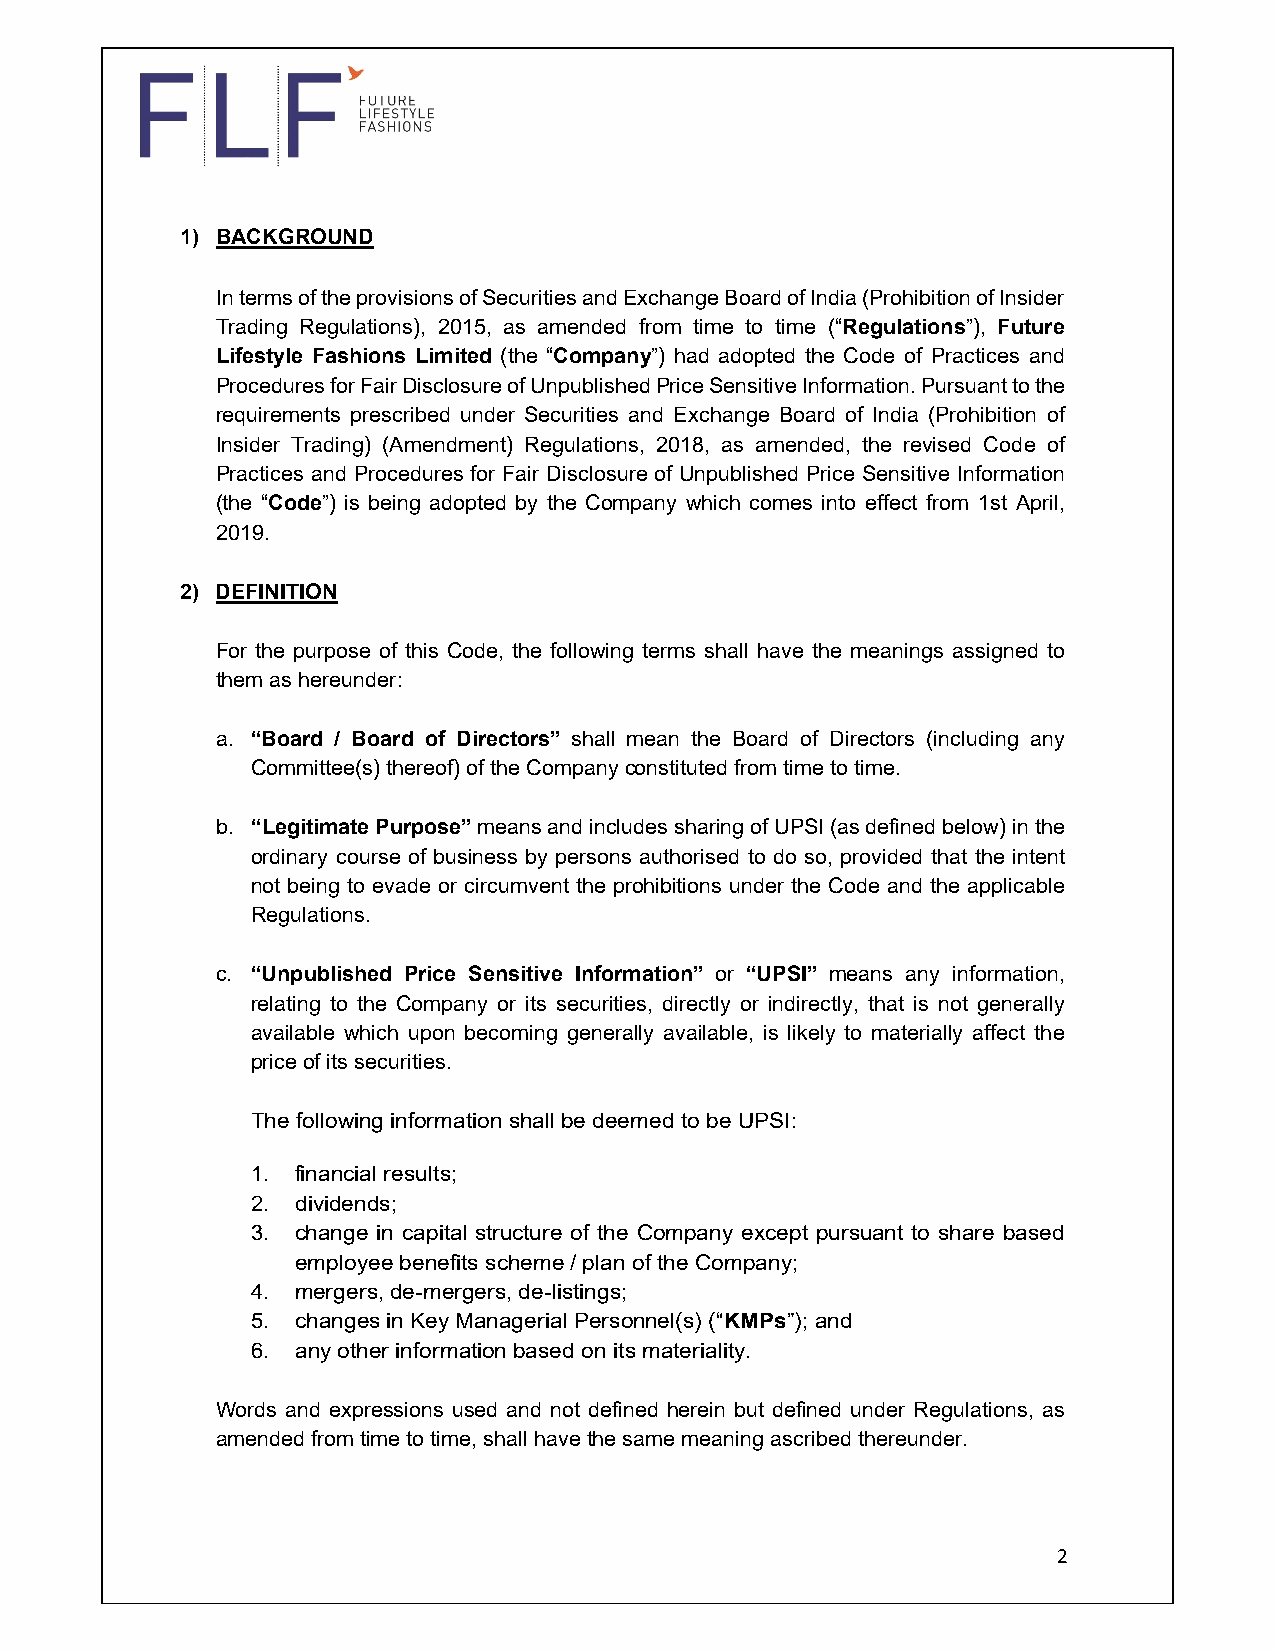
1) BACKGROUND
 In terms of the provisions of Securities and Exchange Board of India (Prohibition of Insider
 Trading Regulations), 2015, as amended from time to time (“Regulations”), Future
 Lifestyle Fashions Limited (the “Company”) had adopted the Code of Practices and
 Procedures for Fair Disclosure of Unpublished Price Sensitive Information. Pursuant to the
 requirements prescribed under Securities and Exchange Board of India (Prohibition of
 Insider Trading) (Amendment) Regulations, 2018, as amended, the revised Code of
 Practices and Procedures for Fair Disclosure of Unpublished Price Sensitive Information
 (the “Code”) is being adopted by the Company which comes into effect from 1st April,
 2019.
 2) DEFINITION
 For the purpose of this Code, the following terms shall have the meanings assigned to
 them as hereunder:
 a. “Board / Board of Directors” shall mean the Board of Directors (including any
 Committee(s) thereof) of the Company constituted from time to time.
 b. “Legitimate Purpose” means and includes sharing of UPSI (as defined below) in the
 ordinary course of business by persons authorised to do so, provided that the intent
 not being to evade or circumvent the prohibitions under the Code and the applicable
 Regulations.
 c. “Unpublished Price Sensitive Information” or “UPSI” means any information,
 relating to the Company or its securities, directly or indirectly, that is not generally
 available which upon becoming generally available, is likely to materially affect the
 price of its securities.
 The following information shall be deemed to be UPSI:
 1. financial results;
 2. dividends;
 3. change in capital structure of the Company except pursuant to share based
 employee benefits scheme / plan of the Company;
 4. mergers, de-mergers, de-listings;
 5. changes in Key Managerial Personnel(s) (“KMPs”); and
 6. any other information based on its materiality.
 Words and expressions used and not defined herein but defined under Regulations, as
 amended from time to time, shall have the same meaning ascribed thereunder.
 2